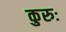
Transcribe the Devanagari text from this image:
कुरुः